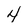
Character: 4